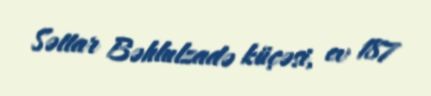
Səttar Bəhlulzadə küçəsi, ev 187